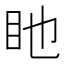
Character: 𥃸